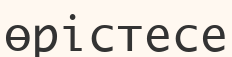
өрістесе